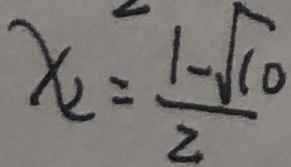
x _ { 2 } = \frac { 1 - \sqrt { 1 0 } } { 2 }